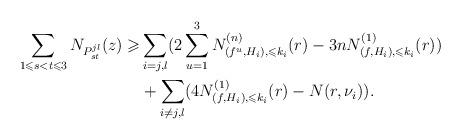
LaTeX: \begin{align*}\sum_{1\leqslant s<t\leqslant 3}N_{P_{st}^{jl}}(z)\geqslant &\sum_{i=j,l}(2\sum_{u=1}^3N^{(n)}_{(f^u,H_i),\leqslant k_i}(r)-3nN^{(1)}_{(f,H_i),\leqslant k_i}(r))\\&+\sum_{i\ne j,l}(4N^{(1)}_{(f,H_i),\leqslant k_i}(r)-N(r,\nu_i)).\end{align*}